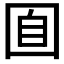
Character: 𡇝